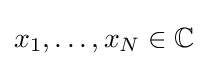
x_{1},\ldots ,x_{N}\in \mathbb {C}